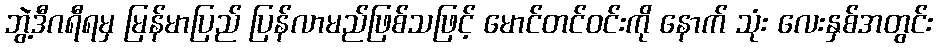
ဘွဲ့ဒီဂရီရမှ မြန်မာပြည် ပြန်လာမည်ဖြစ်သဖြင့် မောင်တင်ဝင်းကို နောက် သုံး လေးနှစ်အတွင်း